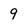
Character: 9